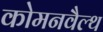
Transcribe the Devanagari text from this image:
कोमनवैल्थ